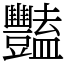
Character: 豔